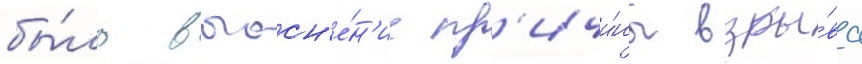
бы́ло выасн'е́н'ие пр'ичи́ны взры́ва